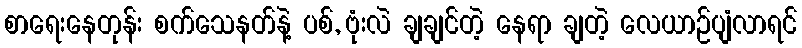
စာရေးနေတုန်း စက်သေနတ်နဲ့ ပစ်, ဗုံးလဲ ချချင်တဲ့ နေရာ ချတဲ့ လေယာဉ်ပျံလာရင်